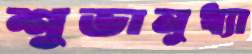
শুভানুধ্যা